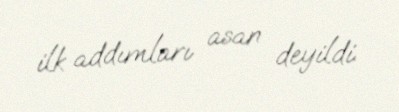
ilk addımları asan deyildi.